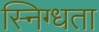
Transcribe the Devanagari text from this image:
स्निग्‍धता